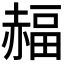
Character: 𧹭